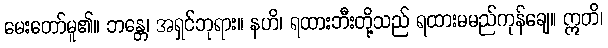
မေးတော်မူ၏။ ဘန္တေ၊ အရှင်ဘုရား။ နဟိ၊ ရထားဘီးတို့သည် ရထားမမည်ကုန်ချေ။ ဣတိ၊